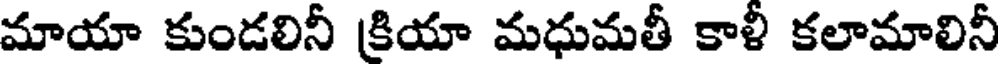
మాయా కుండలినీ క్రియా మధుమతీ కాళీ కలామాలినీ